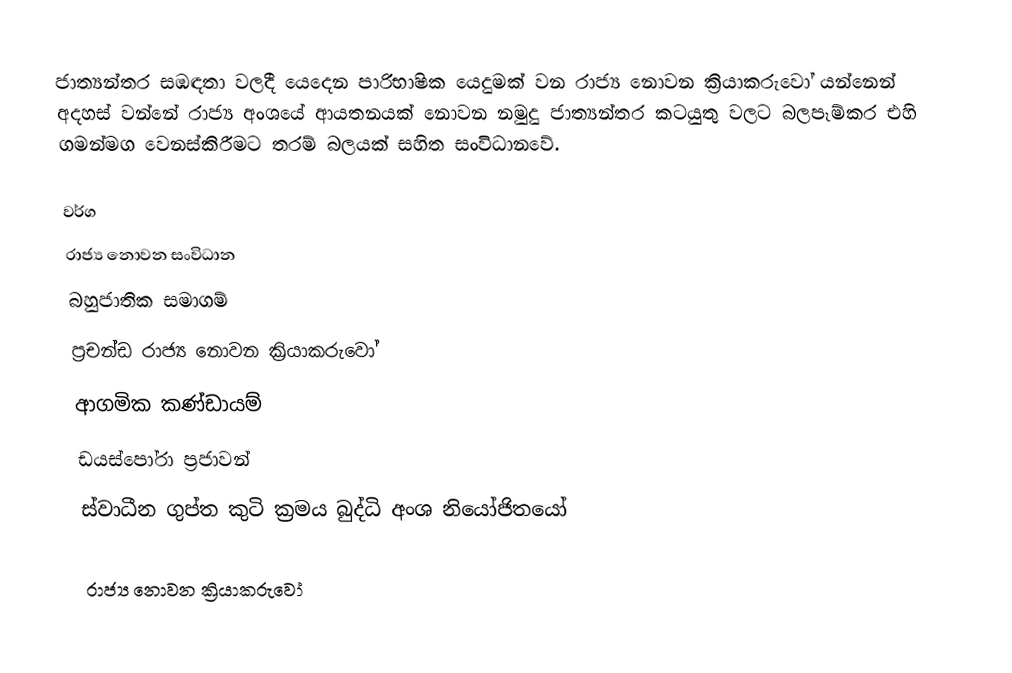
ජාත්‍යන්තර සඹ﻿ඳතා වලදී යෙදෙන පාරිභාෂික යෙදුමක් වන රාජ්‍ය නොවන ක්‍රියාකරුවෝ යන්නෙන් අදහස් වන්නේ රාජ්‍ය අංශයේ ආයතනයක් නොවන නමුදු  ජාත්‍යන්තර කටයුතු වලට බලපෑම්කර එහි ගමන්මග වෙනස්කිරීමට තරම් බලයක් සහිත සංවිධානවේ.

වර්ග
 රාජ්‍ය නොවන සංවිධාන
 බහුජාතික සමාගම්
 ප්‍රචන්ඩ රාජ්‍ය නොවන ක්‍රියාකරුවෝ
 ආගමික කණ්ඩායම්
 ඩයස්පෝරා ප්‍රජාවන්
 ස්වාධීන ගුප්ත කුටි ක්‍රමය බුද්ධි අංශ නියෝජිතයෝ

රාජ්‍ය නොවන ක්‍රියාකරුවෝ